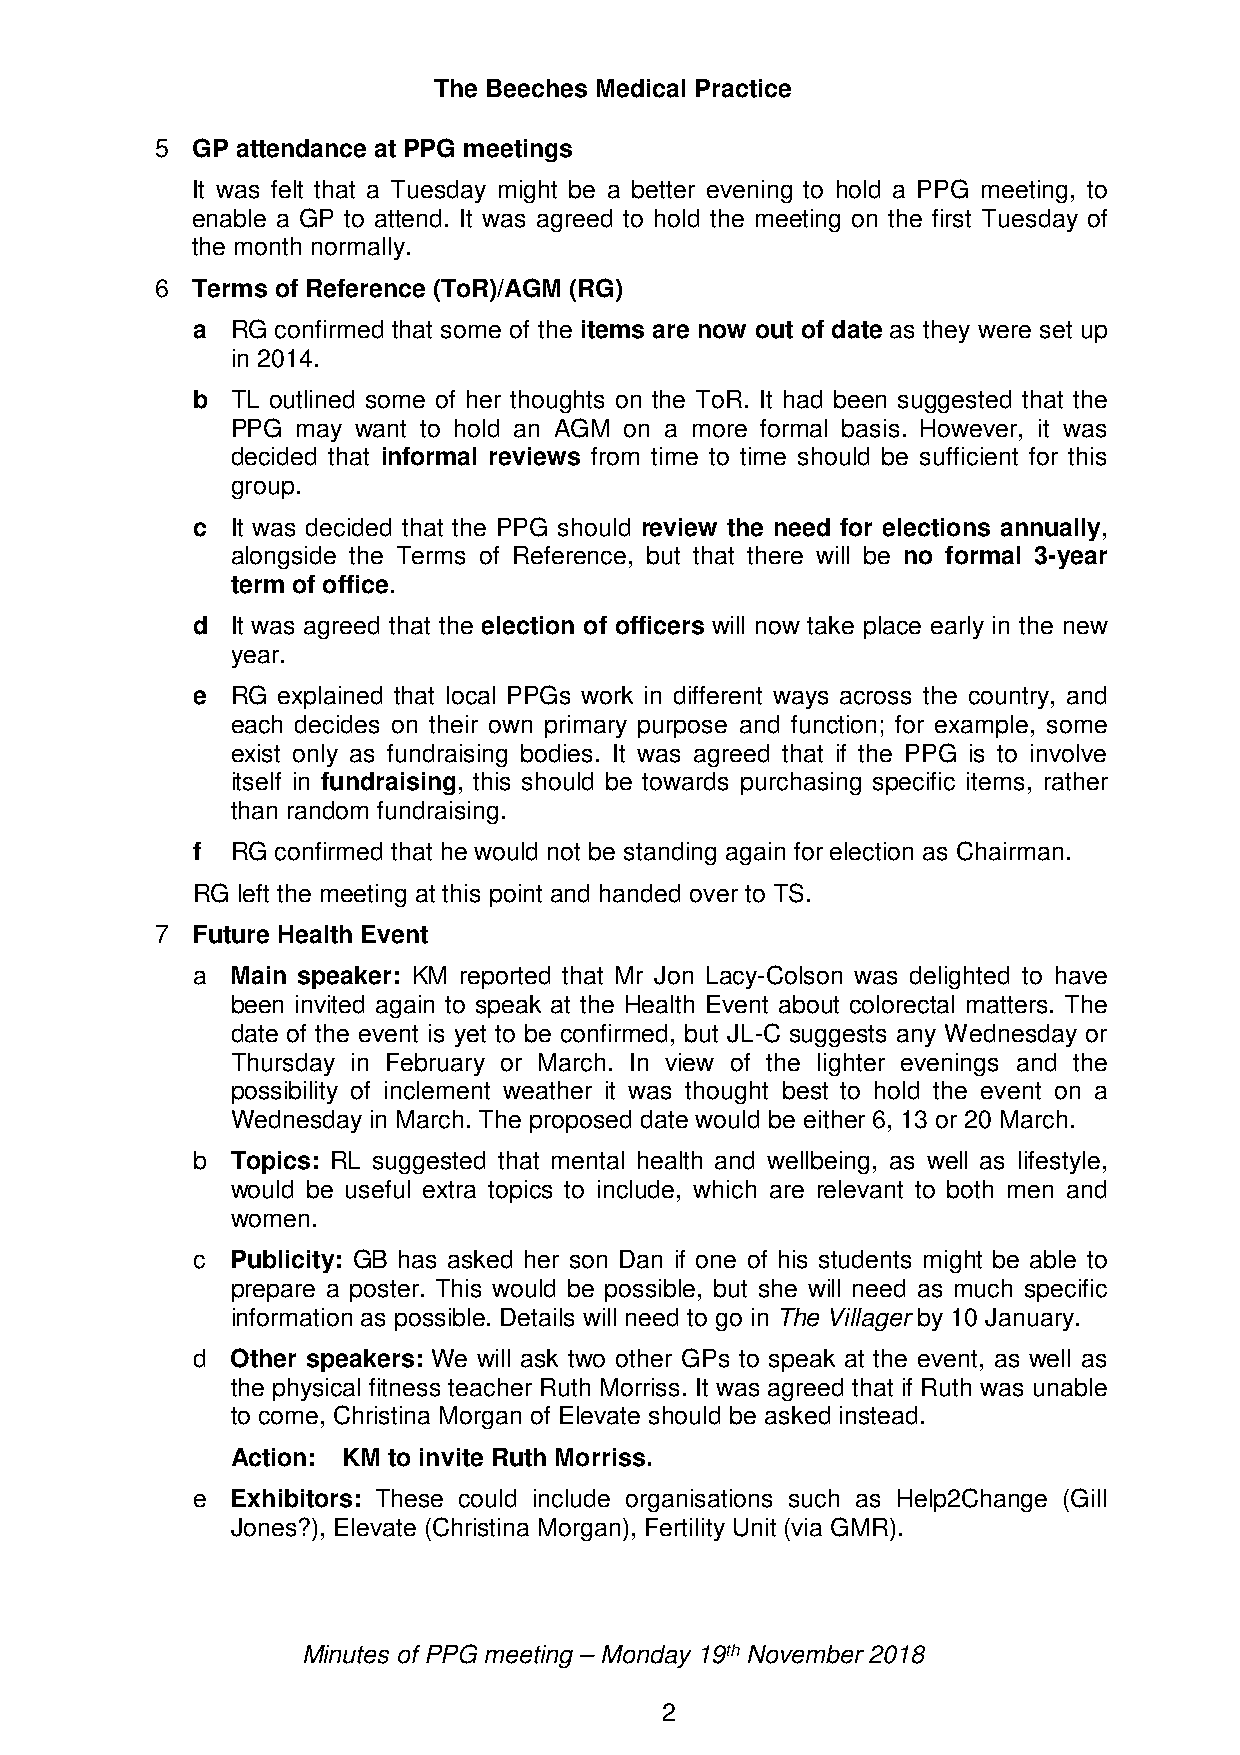
The Beeches Medical Practice
 5  GP attendance at PPG meetings
 It was felt that a Tuesday might be a better evening to hold a PPG meeting, to
 enable a GP to attend. It was agreed to hold the meeting on the first Tuesday of
 the month normally.
 6  Terms of Reference (ToR)/AGM (RG)
 a RG confirmed that some of the items are now out of date as they were set up
 in 2014.
 b TL outlined some of her thoughts on the ToR. It had been suggested that the
 PPG  may want to hold an AGM on a more formal basis. However, it was
 decided that informal reviews from time to time should be sufficient for this
 group.
 c It was decided that the PPG should review the need for elections annually,
 alongside the Terms of Reference, but that there will be no formal 3-year
 term of office.
 d It was agreed that the election of officers will now take place early in the new
 year.
 e RG explained that local PPGs work in different ways across the country, and
 each decides on their own primary purpose and function; for example, some
 exist only as fundraising bodies. It was agreed that if the PPG is to involve
 itself in fundraising, this should be towards purchasing specific items, rather
 than random fundraising.
 f RG confirmed that he would not be standing again for election as Chairman.
 RG left the meeting at this point and handed over to TS.
 7  Future Health Event
 a Main speaker: KM reported that Mr Jon Lacy-Colson was delighted to have
 been invited again to speak at the Health Event about colorectal matters. The
 date of the event is yet to be confirmed, but JL-C suggests any Wednesday or
 Thursday in February or March. In view of the lighter evenings and the
 possibility of inclement weather it was thought best to hold the event on a
 Wednesday in March. The proposed date would be either 6, 13 or 20 March.
 b Topics: RL suggested that mental health and wellbeing, as well as lifestyle,
 would be useful extra topics to include, which are relevant to both men and
 women.
 c Publicity: GB has asked her son Dan if one of his students might be able to
 prepare a poster. This would be possible, but she will need as much specific
 information as possible. Details will need to go in The Villager by 10 January.
 d Other speakers: We will ask two other GPs to speak at the event, as well as
 the physical fitness teacher Ruth Morriss. It was agreed that if Ruth was unable
 to come, Christina Morgan of Elevate should be asked instead.
 Action: KM to invite Ruth Morriss.
 e Exhibitors: These could include organisations such as Help2Change (Gill
 Jones?), Elevate (Christina Morgan), Fertility Unit (via GMR).
 Minutes of PPG meeting – Monday 19th November 2018
 2